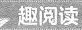
趣阅读·